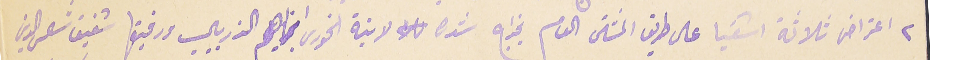
٢ اعتراض ثلاثة اشقيا على طريق المشتى العام بخراج شدره  لابنة الخوري ابراهيم الذريبي ورفيقها شفيق شمس الدين